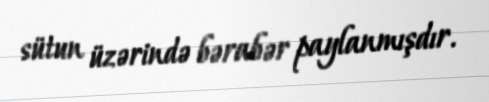
sütun üzərində bərabər paylanmışdır.